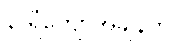
နာရီကျော်အချိန်က